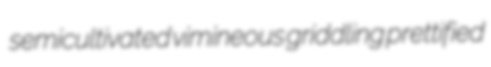
semicultivated vimineous griddling prettified